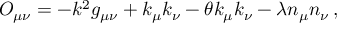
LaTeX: O _ { \mu \nu } = - k ^ { 2 } g _ { \mu \nu } + k _ { \mu } k _ { \nu } - \theta k _ { \mu } k _ { \nu } - \lambda n _ { \mu } n _ { \nu } \, ,